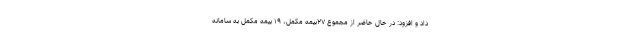
داد و افزود: در حال حاضر از مجموع ۲۷بیمه مکمل، ۱۹ بیمه مکمل به سامانه